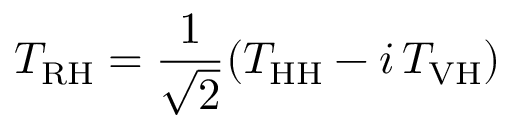
T _ { \mathrm { R H } } = \frac { 1 } { \sqrt { 2 } } ( T _ { \mathrm { H H } } - i \, T _ { \mathrm { V H } } )